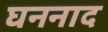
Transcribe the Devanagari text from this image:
घननाद